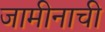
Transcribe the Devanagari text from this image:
जामीनाची